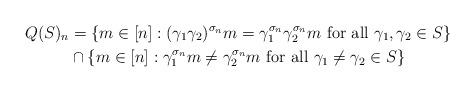
LaTeX: \begin{align*} Q(S)_n & = \{m \in [n]: (\gamma_1 \gamma_2)^{\sigma_n} m = \gamma_1^{\sigma_n} \gamma_2^{\sigma_n} m \mbox{ for all } \gamma_1,\gamma_2 \in S \} \\ & \cap \{m \in [n]: \gamma_1^{\sigma_n} m \neq \gamma_2^{\sigma_n} m \mbox{ for all } \gamma_1 \neq \gamma_2 \in S \} \end{align*}